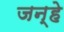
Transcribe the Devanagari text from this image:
जन्हे